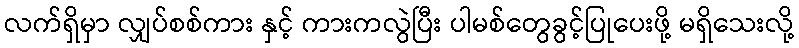
လက်ရှိမှာ လျှပ်စစ်ကား နှင့် ကားကလွဲပြီး ပါမစ်တွေခွင့်ပြုပေးဖို့ မရှိသေးလို့